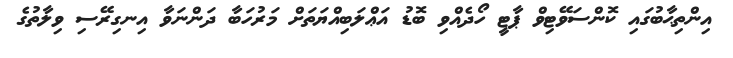
އިންތިޙާބުގައި ކޮންސަވޭޓިވް ޕާޓީ ހޯދެއްވި ބޮޑު އަޢްލަބިއްޔަތަށް މަރުހަބާ ދަންނަވާ އިނގިރޭސި ވިލާތުގެ